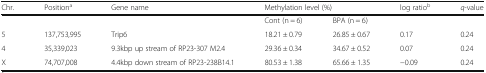
| Chr. | Positiona | Gene name | <COLSPAN=2> Methylation level (%) | log ratiob | q-value |
 | --- | --- | --- | --- | --- | --- | --- |
 |  |  |  | Cont (n = 6) | BPA (n = 6) |  |  |
 | 5 | 137,753,995 | Trip6 | 18.21 ± 0.79 | 26.85 ± 0.67 | 0.17 | 0.24 |
 | 4 | 35,339,023 | 9.3kbp up stream of RP23-307 M2.4 | 29.36 ± 0.34 | 34.67 ± 0.52 | 0.07 | 0.24 |
 | X | 74,707,008 | 4.4kbp down stream of RP23-238B14.1 | 80.53 ± 1.38 | 65.66 ± 1.35 | −0.09 | 0.24 |